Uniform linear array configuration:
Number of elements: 32
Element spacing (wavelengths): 0.5
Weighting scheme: exponential
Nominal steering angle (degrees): -15
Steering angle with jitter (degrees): -13.9
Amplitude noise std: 0.05
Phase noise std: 0.05

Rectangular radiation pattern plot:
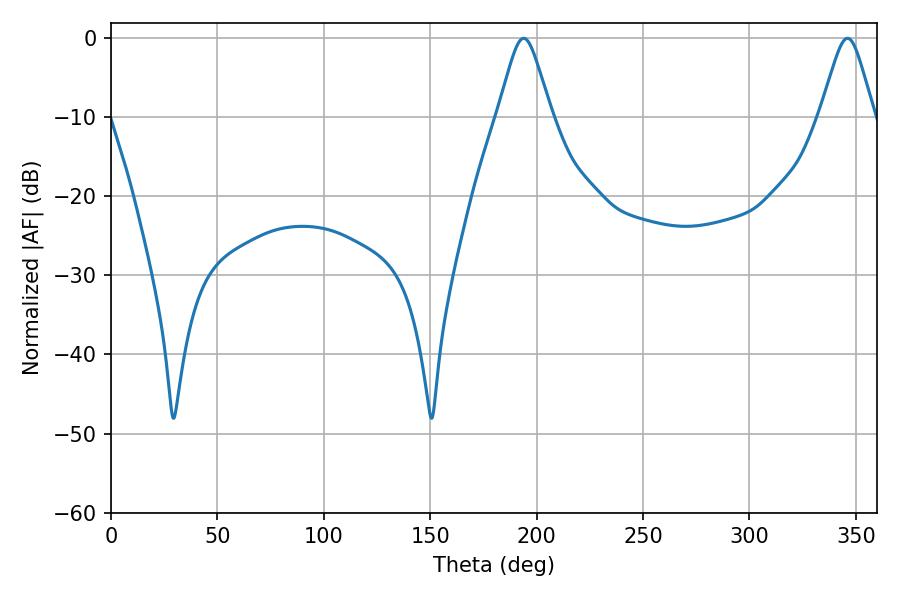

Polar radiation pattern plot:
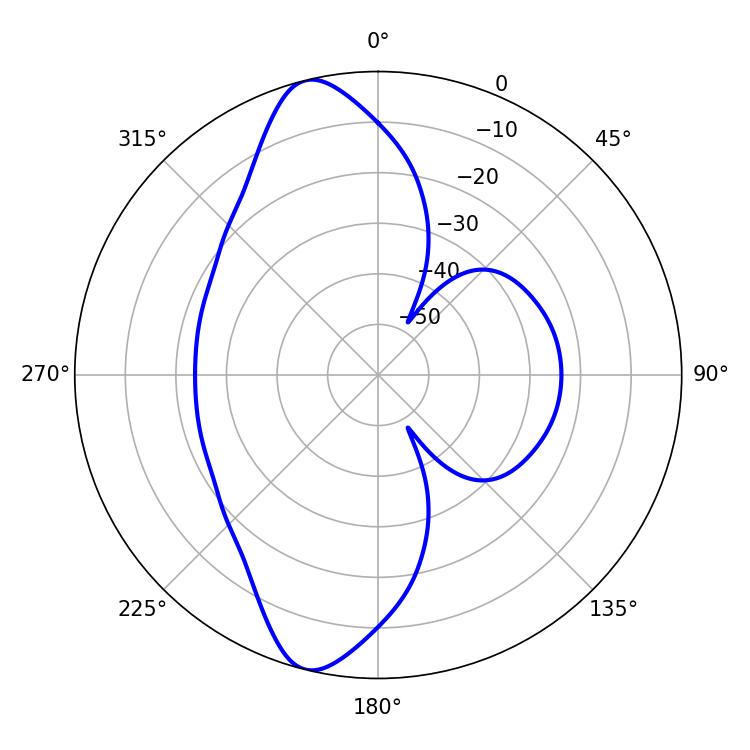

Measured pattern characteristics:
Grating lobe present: FALSE
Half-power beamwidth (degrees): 12.06
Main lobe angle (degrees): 193.86